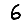
Digit: 6